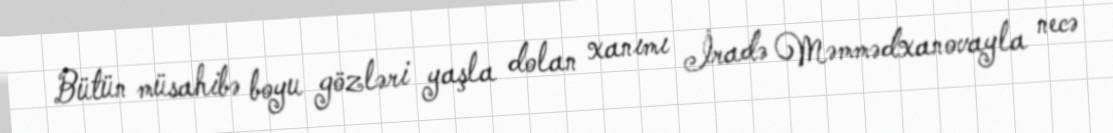
Bütün müsahibə boyu gözləri yaşla dolan xanımı İradə Məmmədxanovayla necə